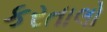
કરતાલો